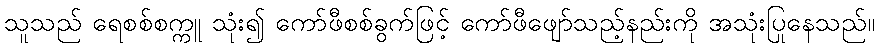
သူသည် ရေစစ်စက္ကူ သုံး၍ ကော်ဖီစစ်ခွက်ဖြင့် ကော်ဖီဖျော်သည့်နည်းကို အသုံးပြုနေသည်။